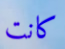
كانت